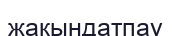
жақындатпау